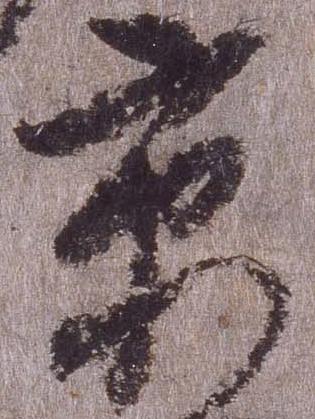
京